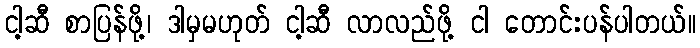
ငါ့ဆီ စာပြန်ဖို့၊ ဒါမှမဟုတ် ငါ့ဆီ လာလည်ဖို့ ငါ တောင်းပန်ပါတယ်။